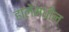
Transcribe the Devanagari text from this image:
हालेमधील